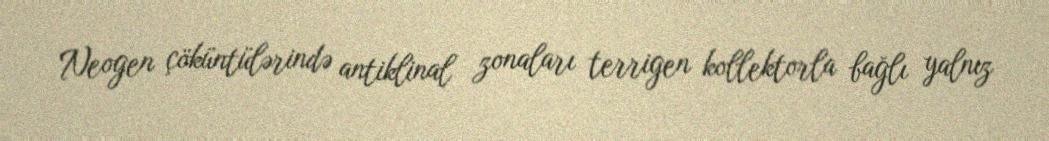
Neogen çöküntülərində antiklinal zonaları terrigen kollektorla bağlı yalnız